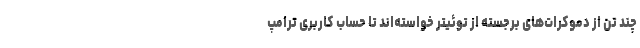
چند تن از دموکرات‌های برجسته از توئیتر خواسته‌اند تا حساب کاربری ترامپ